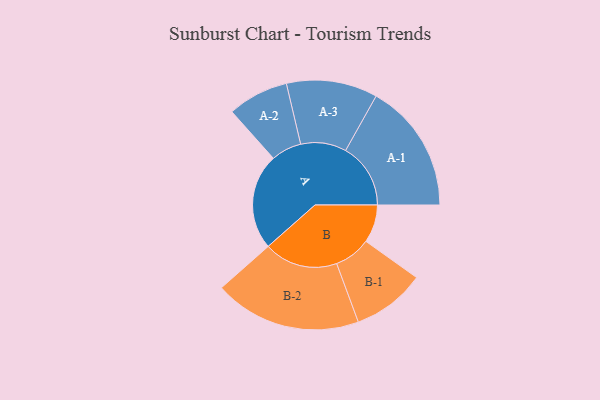
{"axis": {"x": "Segment", "y": "Value"}, "legend": ["", "A", "B"], "data": [{"x": "A", "y": 331, "type": ""}, {"x": "B", "y": 131, "type": ""}, {"x": "A-1", "y": 224, "type": "A"}, {"x": "A-2", "y": 105, "type": "A"}, {"x": "A-3", "y": 157, "type": "A"}, {"x": "B-1", "y": 126, "type": "B"}, {"x": "B-2", "y": 254, "type": "B"}]}